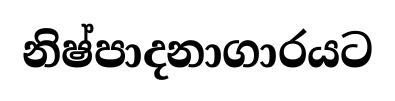
නිෂ්පාදනාගාරයට